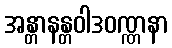
အန္တာနန္တဝါဒဝဏ္ဏနာ